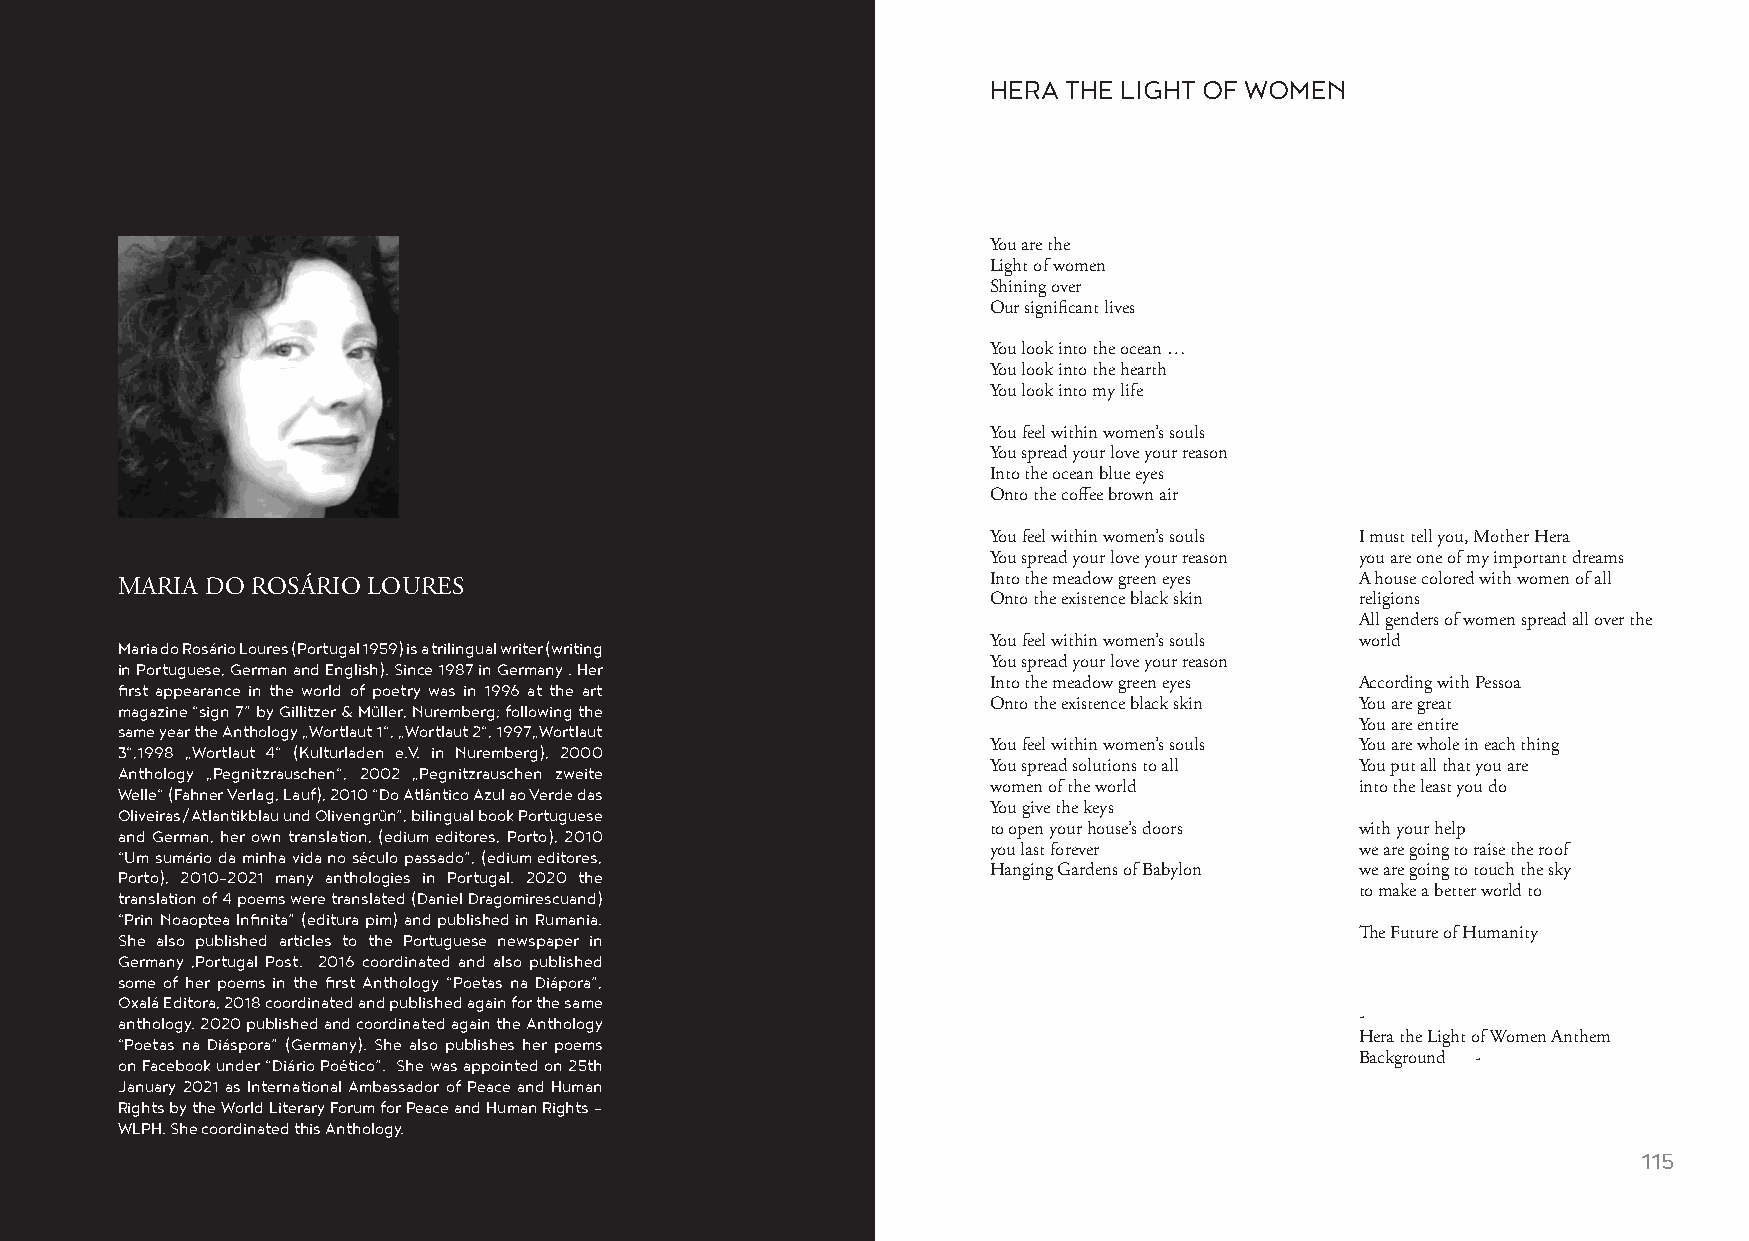
HERA THE LIGHT OF WOMEN
 You are the
 Light of women
 Shining over
 Our significant lives
 You look into the ocean …
 You look into the hearth
 You look into my life
 You feel within women’s souls
 You spread your love your reason
 Into the ocean blue eyes
 Onto the coffee brown air
 You feel within women’s souls I must tell you, Mother Hera
 You spread your love your reason you are one of my important dreams
 Into the meadow green eyes A house colored with women of all
 MARIA DO ROSÁRIO LOURES
 Onto the existence black skin religions
 All genders of women spread all over the
 Maria do Rosário Loures (Portugal 1959) is a trilingual writer (writing You feel within women’s souls world
 in Portuguese, German and English). Since 1987 in Germany . Her You spread your love your reason
 first appearance in the world of poetry was in 1996 at the art Into the meadow green eyes According with Pessoa
 magazine “sign 7” by Gillitzer & Müller, Nuremberg; following the Onto the existence black skin You are great
 same year the Anthology „Wortlaut 1“, „Wortlaut 2“, 1997„Wortlaut                 You are entire
 3“,1998 „Wortlaut 4“ (Kulturladen e.V. in Nuremberg), 2000 You feel within women’s souls You are whole in each thing
 Anthology „Pegnitzrauschen“, 2002 „Pegnitzrauschen zweite You spread solutions to all You put all that you are
 Welle“ (Fahner Verlag, Lauf), 2010 “Do Atlântico Azul ao Verde das women of the world into the least you do
 Oliveiras/Atlantikblau und Olivengrün”, bilingual book Portuguese You give the keys
 and German, her own translation, (edium editores, Porto), 2010 to open your house’s doors with your help
 “Um sumário da minha vida no século passado”, (edium editores, you last forever   we are going to raise the roof
 Porto), 2010-2021 many anthologies in Portugal. 2020 the Hanging Gardens of Babylon we are going to touch the sky
 translation of 4 poems were translated (Daniel Dragomirescuand)                   to make a better world to
 “Prin Noaoptea Infinita” (editura pim) and published in Rumania.
 She also published articles to the Portuguese newspaper in                        The Future of Humanity
 Germany ,Portugal Post. 2016 coordinated and also published
 some of her poems in the first Anthology “Poetas na Diápora”,
 Oxalá Editora, 2018 coordinated and published again for the same
 anthology. 2020 published and coordinated again the Anthology                     -
 “Poetas na Diáspora” (Germany). She also publishes her poems                      Hera the Light of Women Anthem
 on Facebook under “Diário Poético”. She was appointed on 25th                     Background -
 January 2021 as International Ambassador of Peace and Human
 Rights by the World Literary Forum for Peace and Human Rights –
 WLPH. She coordinated this Anthology.
 114                                                                                                     115